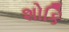
શોકિ